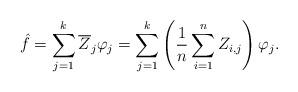
LaTeX: \begin{align*} \hat{f} = \sum_{j=1}^k \overline{Z}_j \varphi_j = \sum_{j=1}^k \left(\frac{1}{n}\sum_{i=1}^n Z_{i,j}\right)\varphi_j. \end{align*}